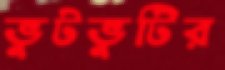
ভুটভুটির